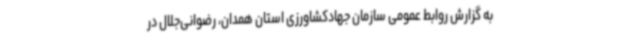
به گزارش روابط عمومی سازمان جهادکشاورزی استان همدان، رضوانی‌جلال در